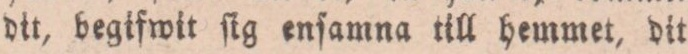
dit, begifwit ſig enſamna till hemmet, dit